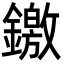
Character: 䥞